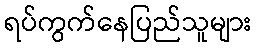
ရပ်ကွက်နေပြည်သူများ